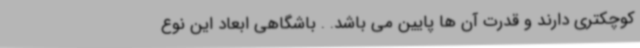
کوچکتری دارند و قدرت آن ها پایین می باشد. . باشگاهی ابعاد این نوع